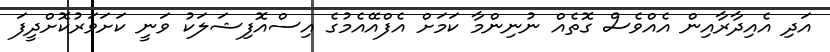
އަދި އެއިދާރާއިން އެއްވެސް ގޮތެއް ނުނިންމާ ކަމަށް އެފްއޭއެމުގެ އިސްއޮފިޝަލަކު ވަނީ ކަށަވަރުކޮށްދީފަ